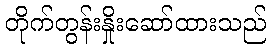
တိုက်တွန်းနှိုးဆော်ထားသည်